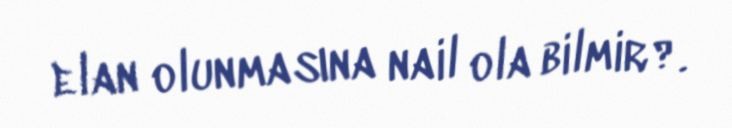
elan olunmasına nail ola bilmir?.